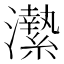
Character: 𤃲